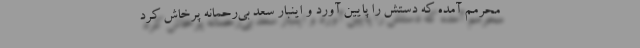
محرمم آمده که دستش را پایین آورد و اینبار سعد بی‌رحمانه پرخاش کرد